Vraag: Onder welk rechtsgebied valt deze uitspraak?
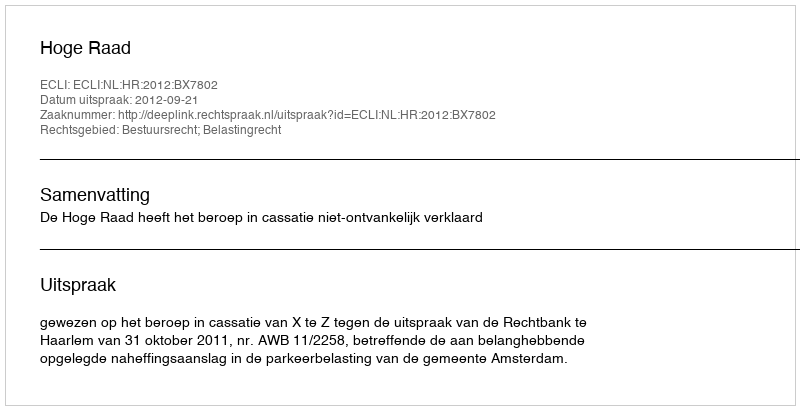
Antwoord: Bestuursrecht; Belastingrecht